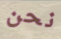
نحن